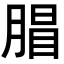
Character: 𣎇